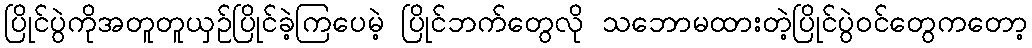
ပြိုင်ပွဲကိုအတူတူယှဉ်ပြိုင်ခဲ့ကြပေမဲ့ ပြိုင်ဘက်တွေလို သဘောမထားတဲ့ပြိုင်ပွဲဝင်တွေကတော့